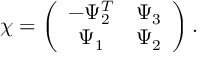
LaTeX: \chi = \left( \begin{array} { c c } { { - \Psi _ { 2 } ^ { T } } } & { { \Psi _ { 3 } } } \\ { { \Psi _ { 1 } } } & { { \Psi _ { 2 } } } \end{array} \right) .